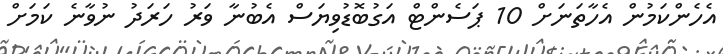
އެހެންކަމުން އެހާތަނަށް 10 ޕަސެންޓް އަގުބޮޑުވިޔަސް އެބުނާ ވަރު ހަރަދު ނުވާނެ ކަމަށް